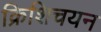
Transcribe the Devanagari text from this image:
क्रिशिचयन